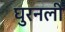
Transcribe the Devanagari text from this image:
घुरनली